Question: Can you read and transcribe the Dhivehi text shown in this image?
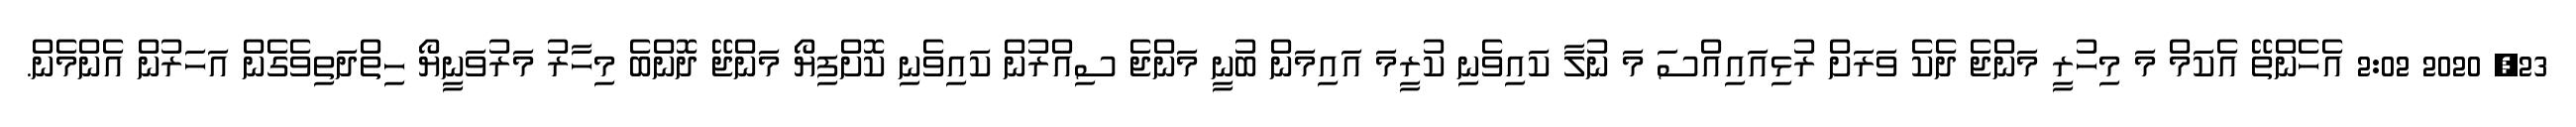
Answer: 23, 2020 2:02 އެހެންތޭ އެކަމް މަ މިހުރީ މަންޖެ ދެކެ ވަރަށް ރުޅިއައިއްސަ މަ ނުލާ ކައިވެނި ކުރީމަ އައިމަން ބުނީ މަންޖެ ސިއްރުން ކައިވެނި ކޮށްފިޔޯ މަންޖޭ ދޮންބެ މިހާރު މަރުވަނީޔޯ ހިތްދަތިވެގެން އަހަރުން އެންމެން.